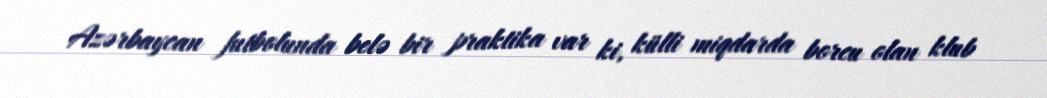
Azərbaycan futbolunda belə bir praktika var ki, külli miqdarda borcu olan klub